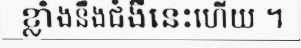
ខ្លាំងនឺងជំងឺនេះហើយ ។